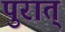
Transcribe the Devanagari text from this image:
पुरात्